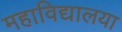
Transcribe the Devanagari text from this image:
महाविद्यालया